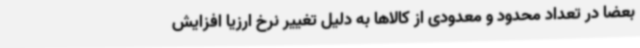
بعضا در تعداد محدود و معدودی از کالاها به دلیل تغییر نرخ ارزیا افزایش